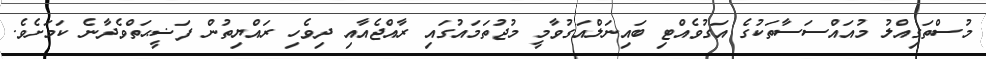
މުސްތަގިއްލު މުއައްސަސާތަކުގެ އަގުވެއްޓި ބައިނަލްއަގުވާމީ މުޖުތަމައުގައި ރާއްޖެއާއި ދިވެހި ރައްޔިތުން ފަޟީޙަތްވެދާނެ ކަމަށެވެ.